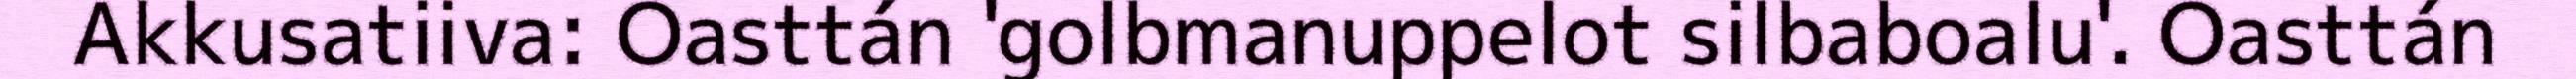
Akkusatiiva: Oasttán 'golbmanuppelot silbaboalu'. Oasttán